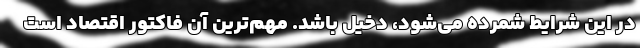
در این شرایط شمرده می‌شود، دخیل باشد. مهم‌ترین آن فاکتور اقتصاد است